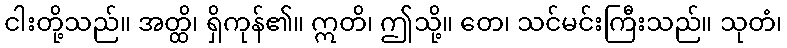
ငါးတို့သည်။ အတ္ထိ၊ ရှိကုန်၏။ ဣတိ၊ ဤသို့။ တေ၊ သင်မင်းကြီးသည်။ သုတံ၊